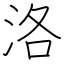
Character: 洛